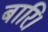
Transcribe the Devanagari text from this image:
बारि।